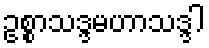
ဥစ္စာသဒ္ဒမဟာသဒ္ဒါ